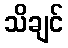
သိချင်